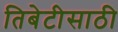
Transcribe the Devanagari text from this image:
तिबेटीसाठी